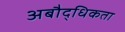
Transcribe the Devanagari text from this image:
अबौद्धिकता